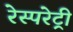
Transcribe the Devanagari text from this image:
रेस्परेट्री